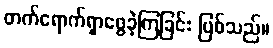
တက်ရောက်ရှာဖွေခဲ့ကြခြင်း ဖြစ်သည်။